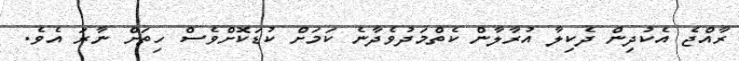
ރާއްޖެ އެކުދިން ދެކިލާ އުރާލާން ކެތްމަދުވެދާނެ ކަމަށް ކުޑަކޮށްވެސް ހިތަށް ނާރަ އެވެ.